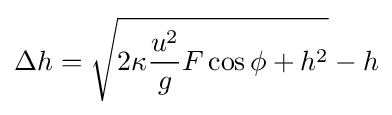
\Delta h={\sqrt {2\kappa {\frac {u^{2}}{g}}F\cos \phi +h^{2}}}-h